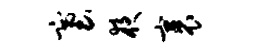
塞夜裹